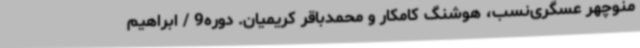
منوچهر عسگری‌نسب، هوشنگ کامکار و محمدباقر کریمیان. دوره9 / ابراهیم